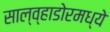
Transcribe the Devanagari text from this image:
साल्व्हाडोरमध्ये